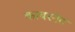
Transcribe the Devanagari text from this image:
काबरनेट